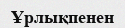
Ұрлықпенен